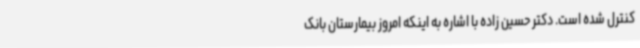
کنترل شده است. دکتر حسین زاده با اشاره به اینکه امروز بیمارستان بانک